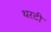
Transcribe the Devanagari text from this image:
थरटी